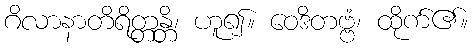
ဂိလာနာတိရိတ္တန္တိ၊ ဟူ၍။ ဝေဒိတဗ္ဗံ၊ ထိုက်၏။